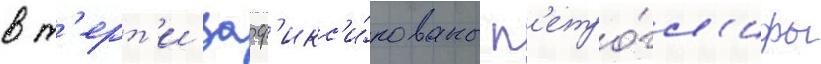
в т'ерт'и заф'икс'и́рованы п'етро́гл'ифы